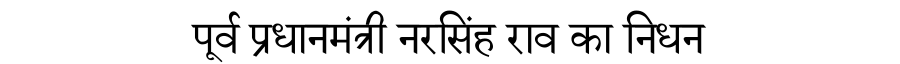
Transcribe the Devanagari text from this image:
पूर्व प्रधानमंत्री नरसिंह राव का निधन